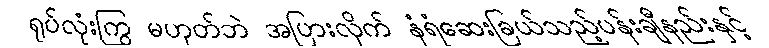
ရုပ်လုံးကြွ မဟုတ်ဘဲ အပြားလိုက် နံရံဆေးခြယ်သည့်ပန်းချီနည်းနှင့်